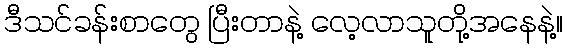
ဒီသင်ခန်းစာတွေ ပြီးတာနဲ့ လေ့လာသူတို့အနေနဲ့။